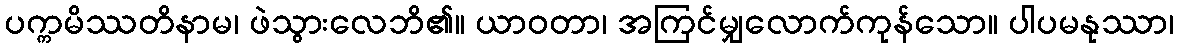
ပက္ကမိဿတိနာမ၊ ဖဲသွားလေဘိ၏။ ယာဝတာ၊ အကြင်မျှလောက်ကုန်သော။ ပါပမနုဿာ၊